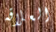
العلاقه